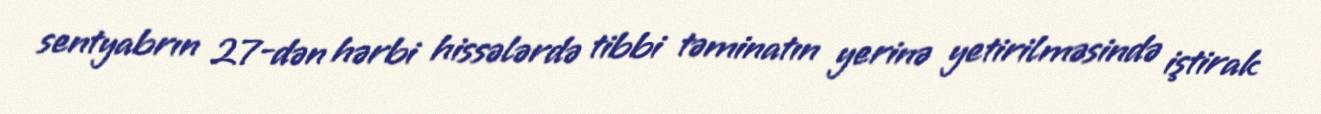
sentyabrın 27-dən hərbi hissələrdə tibbi təminatın yerinə yetirilməsində iştirak